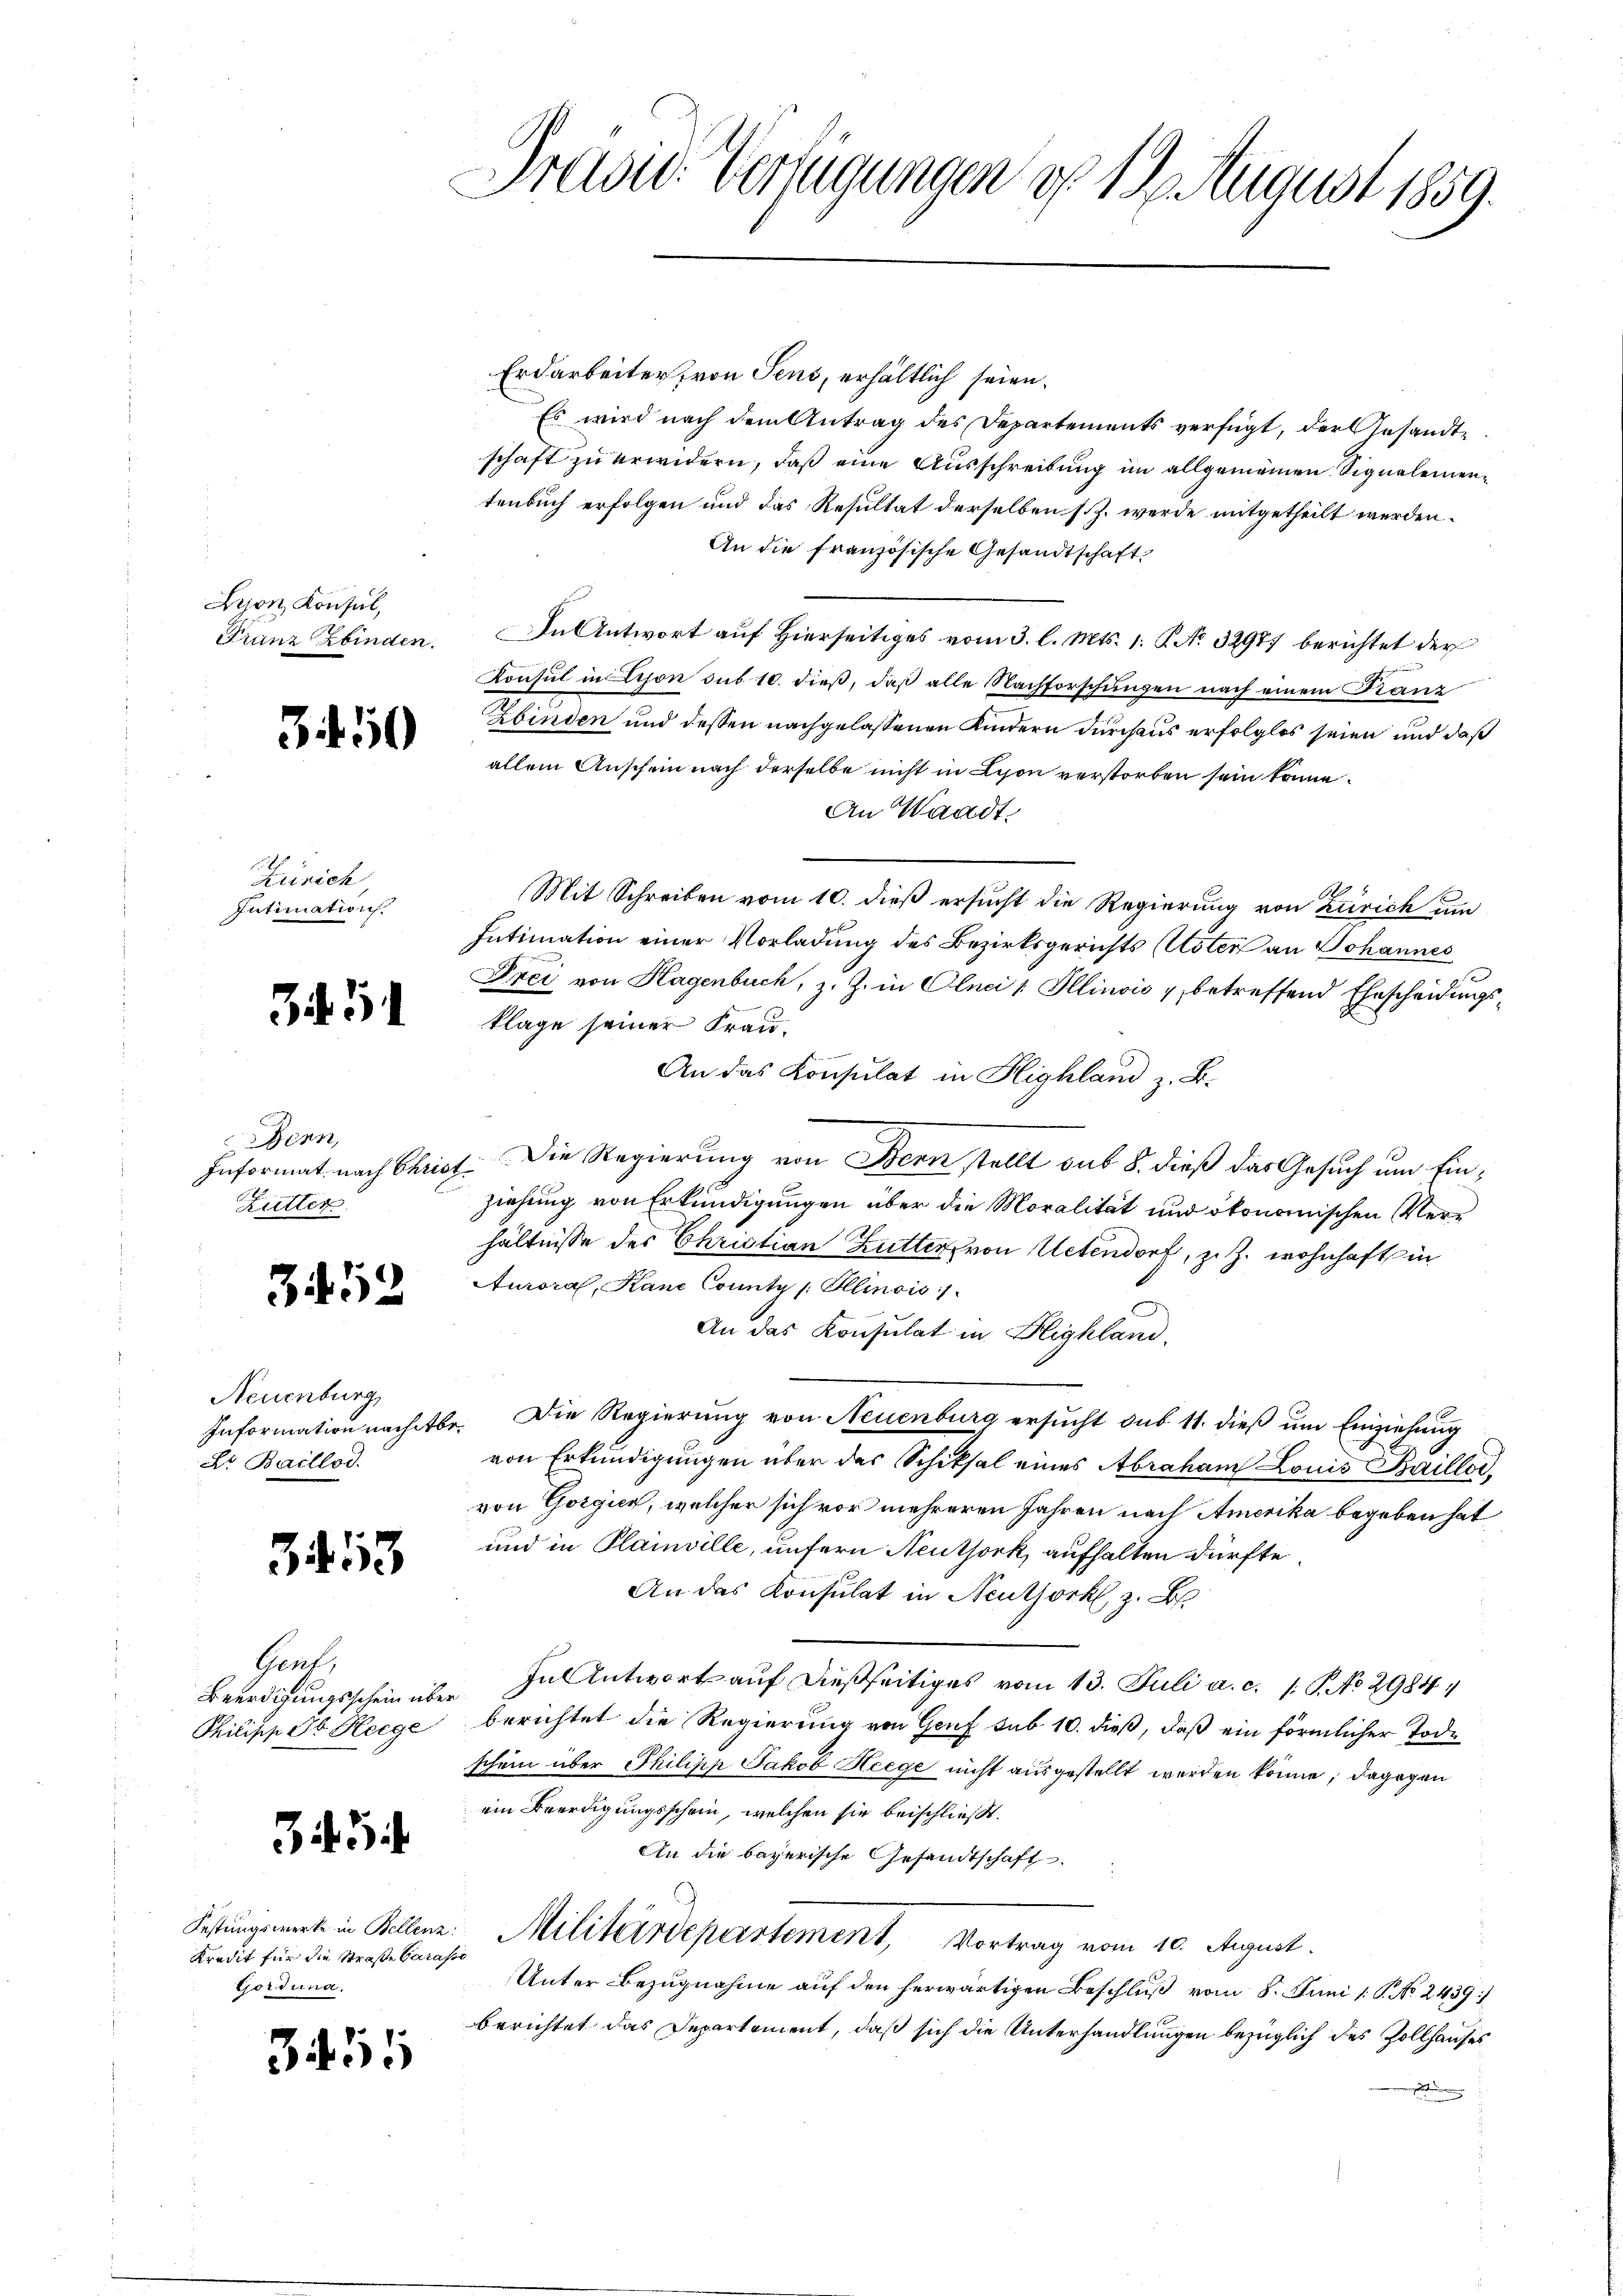
Dison Konsul,
Franz binden.

3450

Zürich
Intimation

S. 34

Bern,
Lutter

3452

Neuenburg,
Dr. Baillod

3113

Gent,
Beerdigungsschein über
Philipp Gb. Heege

33

Kredit für die Straße Garasse
Gordung.

3455

Erdarbeiter, von Sens, erhältlich seien.
Es wird nach dem Antrag des Departements verfügt, der Gesandtschaft zu erwidern, daß eine Ausschreibung im allgemeinen Signalementenbuch erfolgen und das Resultat derselben s. Z. werde mitgetheilt werden.
An die französische Gesandtschaft
In Antwort auf Hierseitiges vom 3. l. Mts. 1. P. No 32977 berichtet der
Konsul in Tison sub 10. dieß, daß alle Nachforschungen nach einem Franz
Gbinden und dessen nachgelassenen Kindern durchaus erfolglos seien und daß
allein Anschein nach derselbe nicht in Lyon verstorben sein könne.
An Waadt.
Mit Schreiben vom 10. dieß ersucht die Regierung von Zürich um
Intimation einer Vorladung des Bezirksgerichts Uster an Johannes
Frei von Hagenbuch, z. Z. in Olnei 1 Illinois & betreffend Ehescheidungsklage seiner Frau¬
An das Konsulat in Highland z. B.
Informat nach Christ. Die Regierung von Bern stellt sub 8. dieß das Gesuch um Einziehung von Erkundigungen über die Moralität und ökonomischen Verhältnisse des Christian Butter von Uetendorf, z. Z. wohnhaft in
Auroral, Kane County /: Illinois
An das Konsulat in Blighland.
Information nachtbe. Die Regierung von Neuenburg ersucht sub 11. dieß um Einziehung
von Erkundigungen über das Schiksal eines Abraham Louis Baillod
von Gorgien, welcher sich vor mehreren Jahren nach Amerika begeben hat
und in Plainville, unsern Neuthork, aufhalten dürfte
An das Konsulat in Neuthork z. B.
" In Antwort auf dießseitiges vom 13. Juli a. c. 1 S. No 2984
berichtet die Regierung von Genf sub 10. dieß, daß ein förmlicher Tode
schein über Philipp Jakob Heege nicht ausgestellt werden könne, dagegen
ein Beerdigungsschein, welchen sie beischließt:
An die bayerische Gesandtschaft
Festungswerk in Kellen: Militärdepartement, Vortrag vom 10. August.
Unter Bezugnahme auf den herwärtigen Beschluß vom 8. Juni [ P. No. 2439
berichtet das Departement, daß sich die Unterhandlungen bezüglich des Zollhauses

Präsid. Verfügungen d. 19. August 1859.